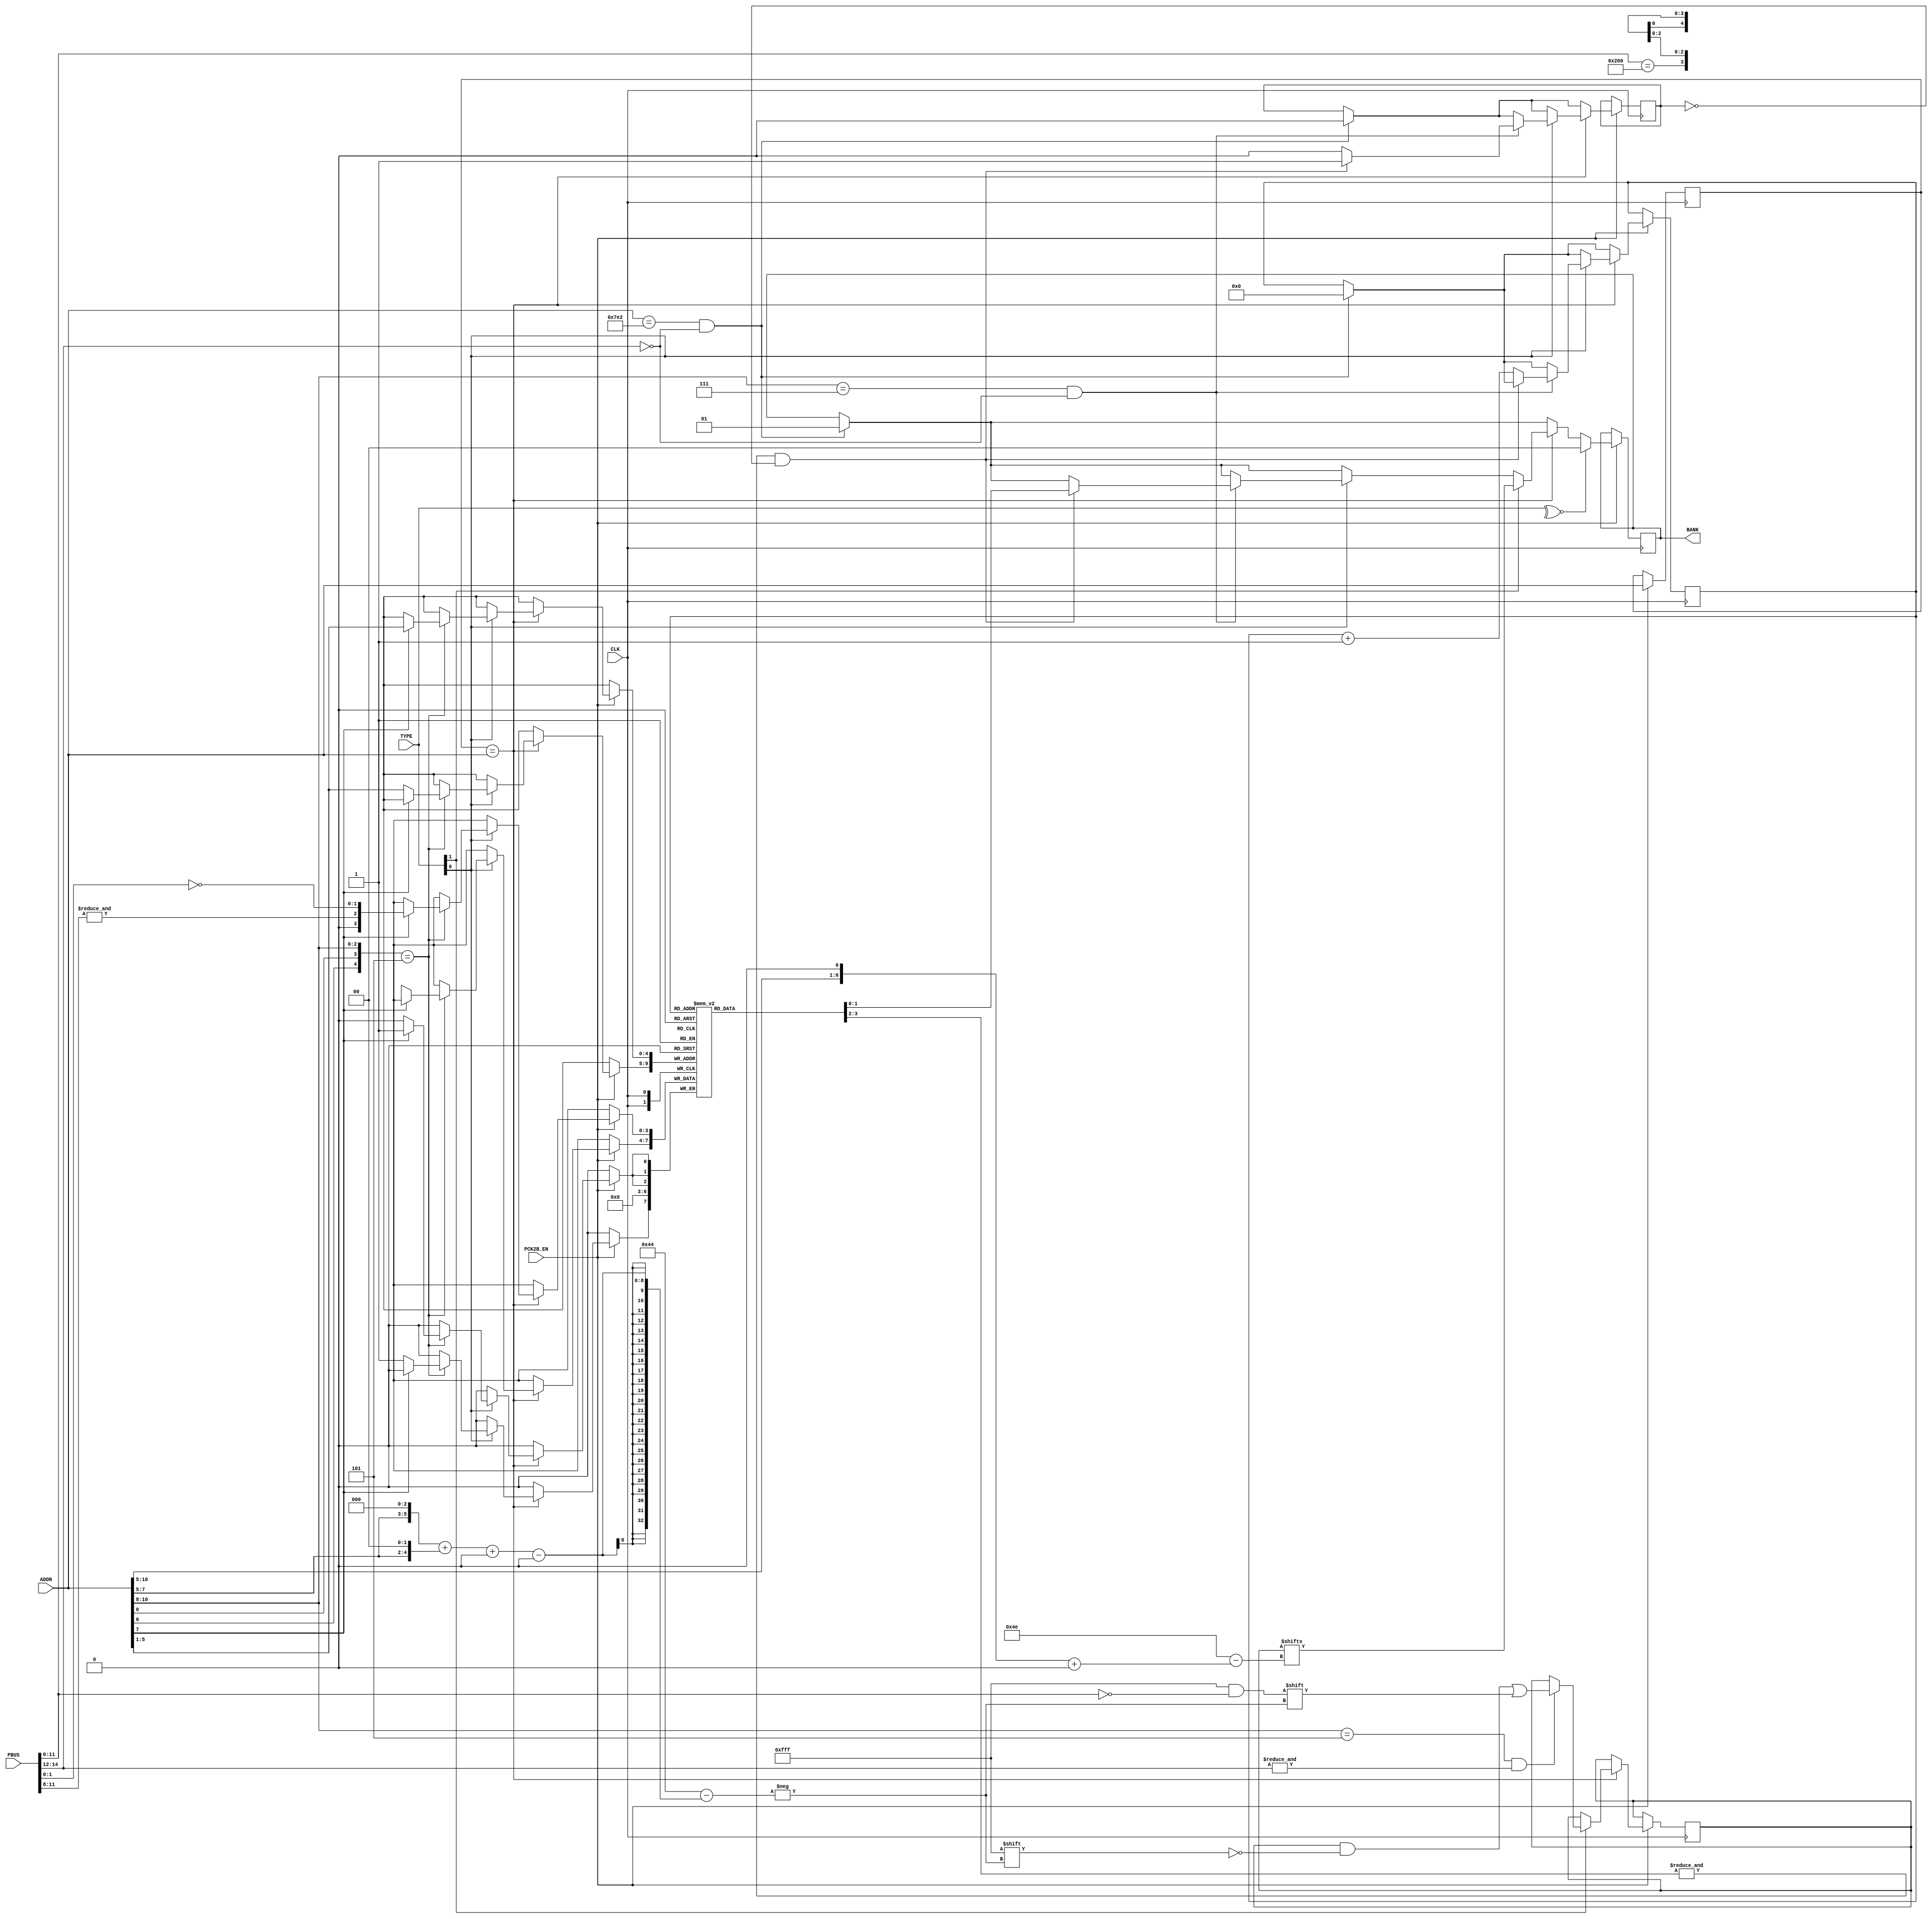
//============================================================================
//  NEO-CMC (bankswitching only)
//
//  Copyright (C) 2019 Alexey Melnikov
//
//  This program is free software; you can redistribute it and/or modify it
//  under the terms of the GNU General Public License as published by the Free
//  Software Foundation; either version 2 of the License, or (at your option)
//  any later version.
//
//  This program is distributed in the hope that it will be useful, but WITHOUT
//  ANY WARRANTY; without even the implied warranty of MERCHANTABILITY or
//  FITNESS FOR A PARTICULAR PURPOSE.  See the GNU General Public License for
//  more details.
//
//  You should have received a copy of the GNU General Public License along
//  with this program; if not, write to the Free Software Foundation, Inc.,
//  51 Franklin Street, Fifth Floor, Boston, MA 02110-1301 USA.
//============================================================================

module neo_cmc
(
	input             CLK,
	input             PCK2B_EN,
	input      [14:0] PBUS,
	input      [10:0] ADDR,
	input       [1:0] TYPE,
	output reg  [1:0] BANK
);

always @(posedge CLK) begin : pck2b_block
	reg [10:0] old_addr;
	reg        skip;
	reg [0:79] banks;
	reg  [3:0] map[31:0];
	reg  [4:0] line;

	if (PCK2B_EN) begin

		if(ADDR == 'h7E2 && !PBUS[14:12]) begin
			skip <= 0;
			line <= 0;
			BANK <= 1; // for parental advisory (mslug4)
		end

		old_addr <= ADDR;
		if(old_addr == ADDR) begin
			if(TYPE[0]) begin
				if(ADDR[10:8] == 7 && !PBUS[14:12]) begin
					if(&map[line][3:2] && ~skip) begin
						BANK <= map[line][1:0];
						skip <= 1;
					end
					else begin
						line <= line + 1'd1;
						skip <= 0;
					end
				end

				// even words
				if ({ADDR[6],ADDR[0],ADDR[10:8]} == 5) begin
					if(ADDR[7]) map[ADDR[5:1]][2:0] <= {&PBUS[11:8], ~PBUS[1:0]}; // 7580~75BE
					       else map[ADDR[5:1]][3]   <= (PBUS[11:0] == 'h200);     // 7500~753E
				end
			end

			if(TYPE[1]) begin
				// 7500 - 75DF
				if(ADDR[10:8] == 5 && &PBUS[14:12]) banks[{1'b0,ADDR[7:5],3'b000}+{2'b00,ADDR[7:5],2'b00} +:12] <= ~PBUS[11:0];
				BANK <= banks[{ADDR[10:5],1'b0} +:2];
			end
		end

		if(~^TYPE) BANK <= 0;
	end
end

endmodule